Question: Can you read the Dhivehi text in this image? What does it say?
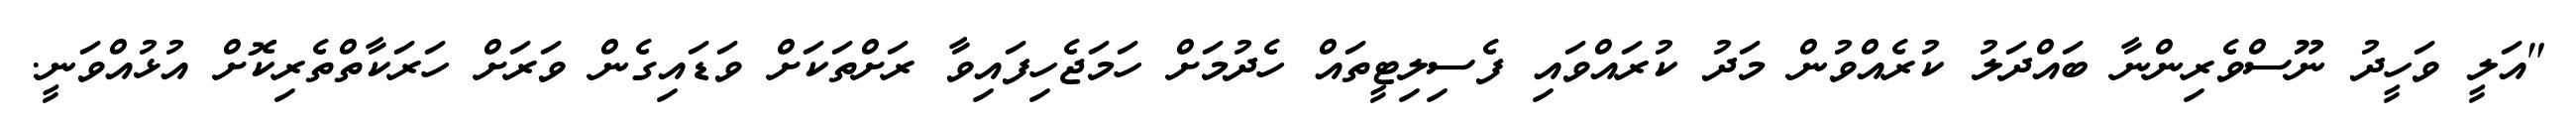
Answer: "އަލީ ވަހީދު ނޫސްވެރިންނާ ބައްދަލު ކުރެއްވުން މަދު ކުރައްވައި ފެސިލިޓީތައް ހެދުމަށް ހަމަޖެހިފައިވާ ރަށްތަކަށް ވަޑައިގެން ވަރަށް ހަރަކާތްތެރިކޮށް އުޅުއްވަނީ.